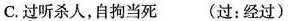
C.过听杀人，自拘当死 (过：经过)